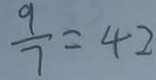
\frac { 9 } { 7 } = 4 2